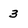
Character: 3